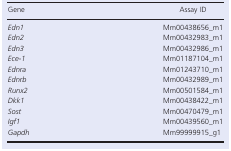
<table><thead><tr><td><b>Gene</b></td><td><b>Assay ID</b></td></tr></thead><tbody><tr><td><i>Edn1</i></td><td>Mm00438656_m1</td></tr><tr><td><i>Edn2</i></td><td>Mm00432983_m1</td></tr><tr><td><i>Edn3</i></td><td>Mm00432986_m1</td></tr><tr><td><i>Ece‐1</i></td><td>Mm01187104_m1</td></tr><tr><td><i>Ednra</i></td><td>Mm01243710_m1</td></tr><tr><td><i>Ednrb</i></td><td>Mm00432989_m1</td></tr><tr><td><i>Runx2</i></td><td>Mm00501584_m1</td></tr><tr><td><i>Dkk1</i></td><td>Mm00438422_m1</td></tr><tr><td><i>Sost</i></td><td>Mm00470479_m1</td></tr><tr><td><i>Igf1</i></td><td>Mm00439560_m1</td></tr><tr><td><i>Gapdh</i></td><td>Mm99999915_g1</td></tr></tbody></table>